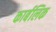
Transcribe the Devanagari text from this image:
कार्बलिक